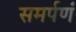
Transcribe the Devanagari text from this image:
समर्पणं